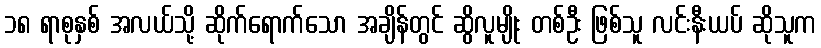
၁၈ ရာစုနှစ် အလယ်သို့ ဆိုက်ရောက်သော အချိန်တွင် ဆွိလူမျိုး တစ်ဦး ဖြစ်သူ လင်းနီးယပ် ဆိုသူက